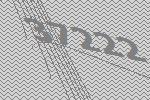
37222